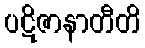
ပဋိဇာနာတီတိ